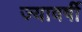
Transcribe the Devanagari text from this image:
ज्यावर्षी